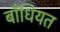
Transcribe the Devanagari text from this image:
बाँधियत